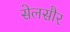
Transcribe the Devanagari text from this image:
सेलसौर